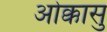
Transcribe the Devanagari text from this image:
ओक्कासु